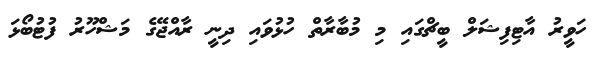
ހަވީރު އާޓިފިޝަލް ބީޗްގައި މި މުބާރާތް ހުޅުވައި ދިނީ ރާއްޖޭގެ މަޝްހޫރު ފުޓުބޯޅަ